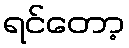
ရင်တော့